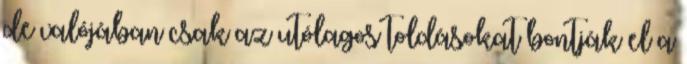
de valójában csak az utólagos toldásokat bontják el a